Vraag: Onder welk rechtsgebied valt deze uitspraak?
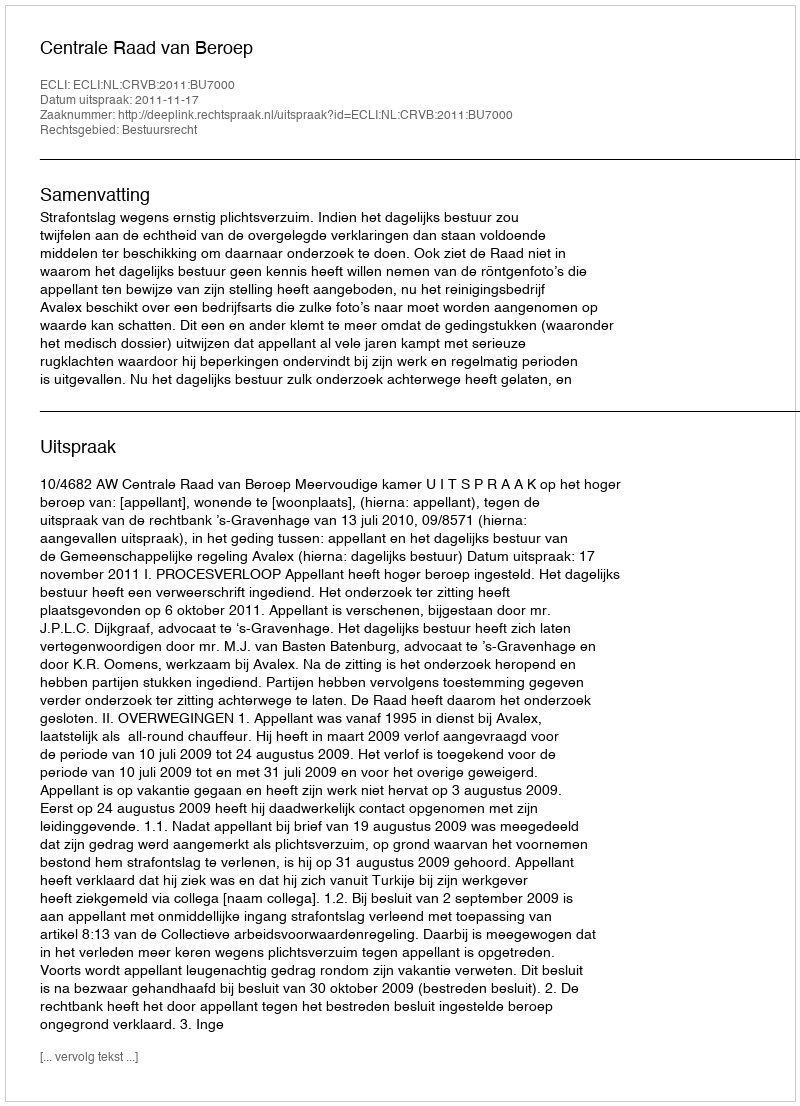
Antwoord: Bestuursrecht